画像に写った文字を読んでください
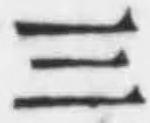
「三」と書いてあります